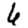
Digit: 6